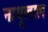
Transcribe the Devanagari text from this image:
नाथूलाल